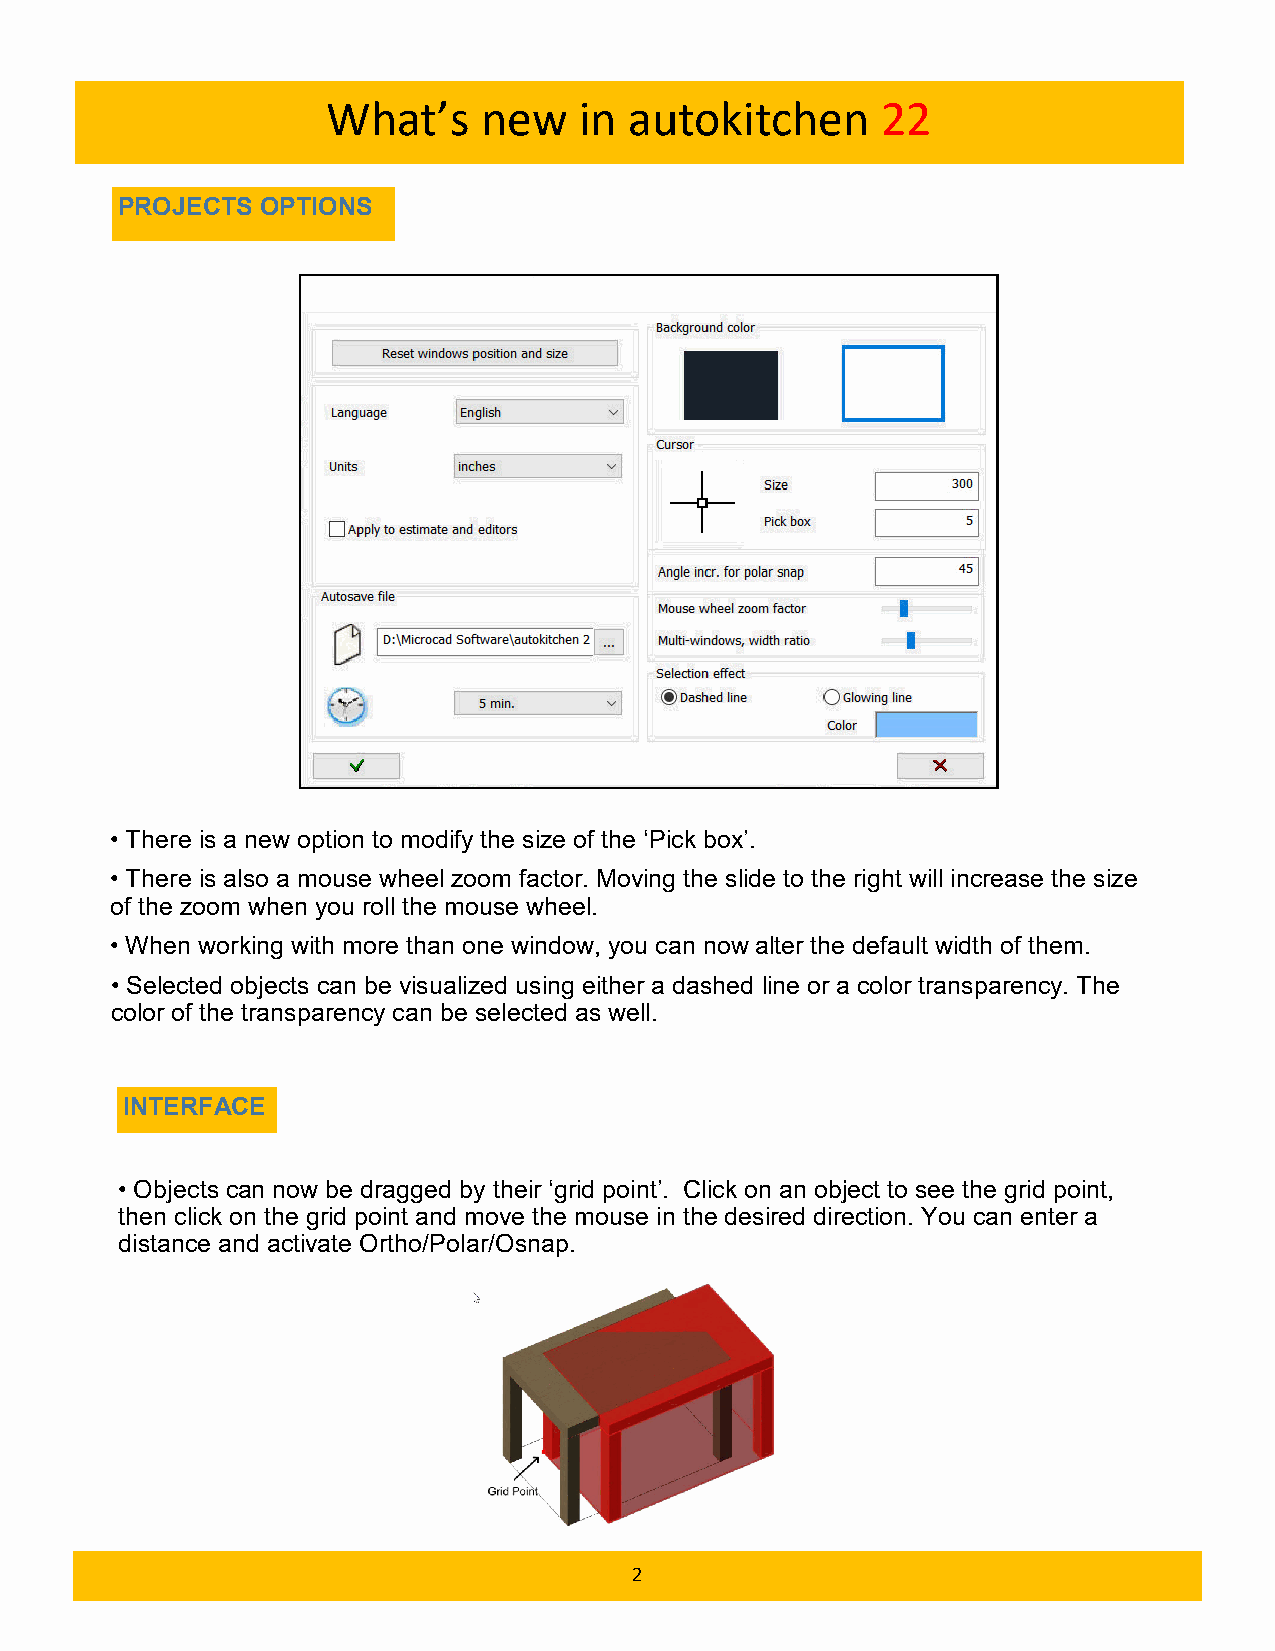
What’s    new   in  autokitchen     22
 PROJECTS OPTIONS
 • There is a new option to modify the size of the ‘Pick box’.
 • There is also a mouse wheel zoom factor. Moving the slide to the right will increase the size
 of the zoom when you roll the mouse wheel.
 • When working with more than one window, you can now alter the default width of them.
 • Selected objects can be visualized using either a dashed line or a color transparency. The
 color of the transparency can be selected as well.
 INTERFACE
 • Objects can now be dragged by their ‘grid point’. Click on an object to see the grid point,
 then click on the grid point and move the mouse in the desired direction. You can enter a
 distance and activate Ortho/Polar/Osnap.
 2